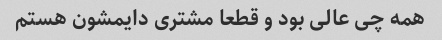
همه چی عالی بود و قطعا مشتری دایمشون هستم